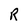
Character: R